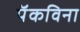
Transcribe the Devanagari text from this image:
पॅकविना